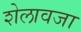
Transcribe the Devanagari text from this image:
शेलावजा